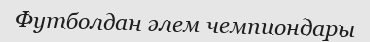
Футболдан әлем чемпиондары